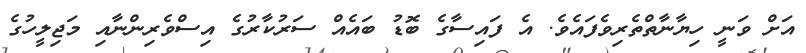
އަށް ވަނީ ހިޔާނާތްތެރިވެފައެވެ. އެ ފައިސާގެ ބޮޑު ބައެއް ސަރުކާރުގެ އިސްވެރިންނާއި މަޖިލީހުގެ